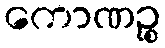
ကောဏဉ္စ